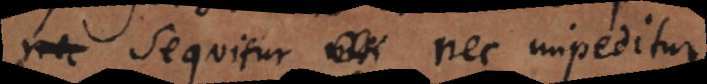
sequitur nec impeditur.